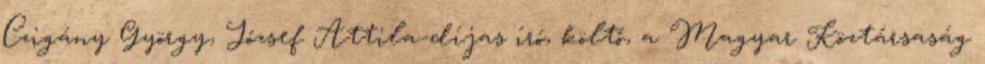
Czigány György, József Attila-díjas író, költő, a Magyar Köztársaság